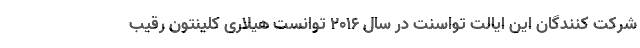
شرکت کنندگان این ایالت تواسنت در سال 2016 توانست هیلاری کلینتون رقیب